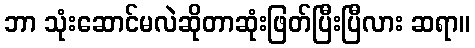
ဘာ သုံးဆောင်မလဲဆိုတာဆုံးဖြတ်ပြီးပြီလား ဆရာ။